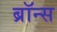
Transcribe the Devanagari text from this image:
ब्रॉन्‍स